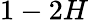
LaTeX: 1-2H